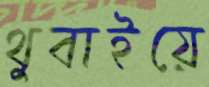
থুবাইয়ে